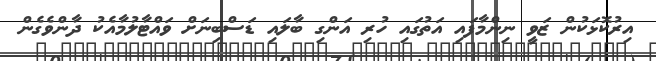
އިރުކޮޅަކުން ޒަވީ ނިންމާފައި އަތުގައި ހުރި އަންގި ބާލައި ޑަސްބިނަށް ވައްޓާލުމާއެކު ދާންވެގެން